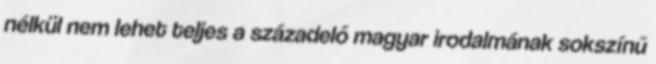
nélkül nem lehet teljes a századelő magyar irodalmának sokszínű